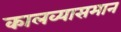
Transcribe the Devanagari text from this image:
कालव्यासमान